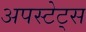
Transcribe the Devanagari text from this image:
अपस्टेट्स